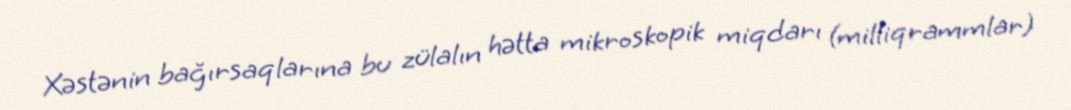
Xəstənin bağırsaqlarına bu zülalın hətta mikroskopik miqdarı (milliqrammlar)